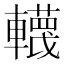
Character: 䡸